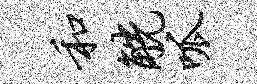
和觥呱